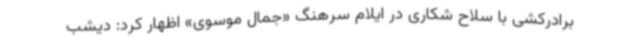
برادرکشی با سلاح شکاری در ایلام سرهنگ «جمال موسوی» اظهار کرد: دیشب